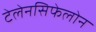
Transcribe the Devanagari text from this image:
टेलेनसिफेलोन